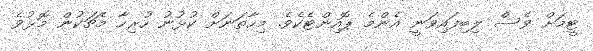
ޓީމަށް ވެސް ލިބިފައިވަނީ އެންމެ ޕޮއިންޓެކެވެ. މިހާތަނަށް ކުޅުނު ހުރިހާ މެޗަކުން މޮޅުވެ